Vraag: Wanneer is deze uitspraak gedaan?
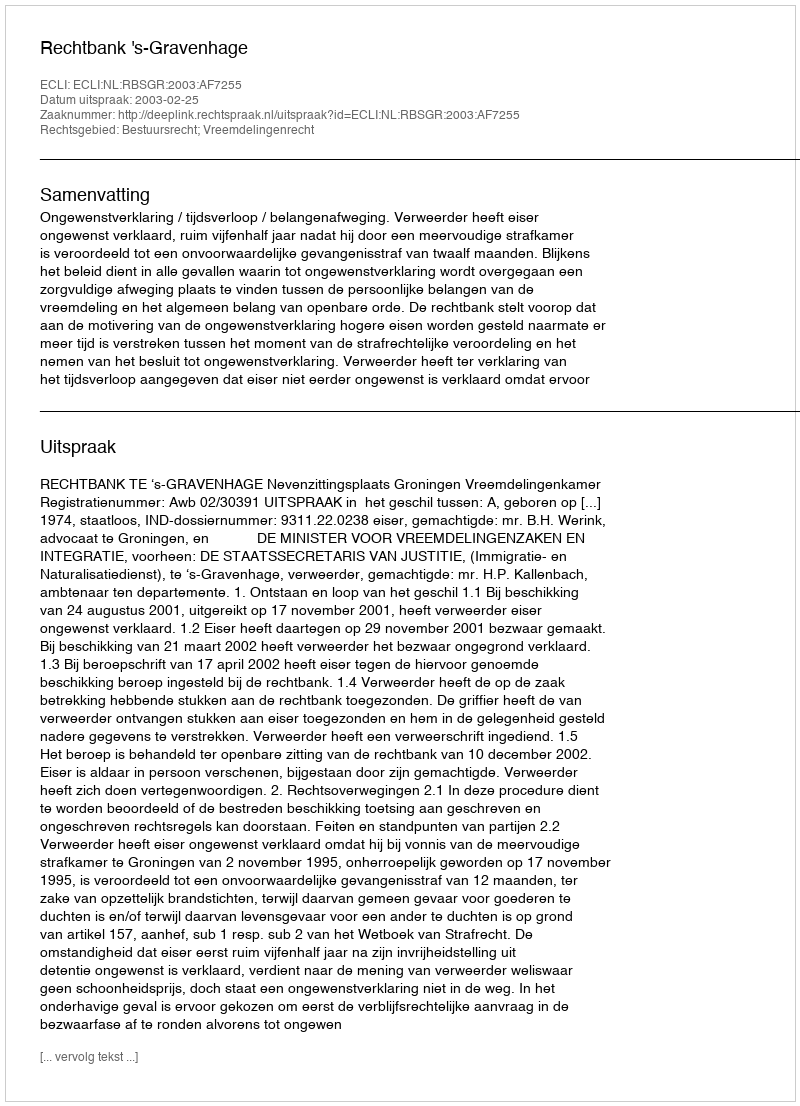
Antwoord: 2003-02-25